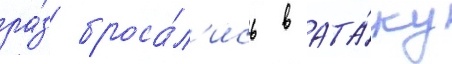
ра́з броса́л'ись в ата́ку